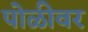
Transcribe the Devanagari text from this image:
पोळीवर